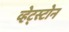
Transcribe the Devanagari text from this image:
व्हेट्स्टोन